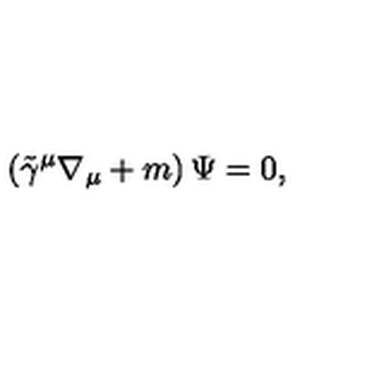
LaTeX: \left( \tilde { \gamma } ^ { \mu } \nabla _ { \mu } + m \right) \Psi = 0 ,